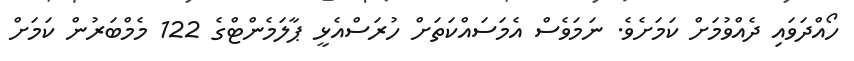
ހޯއްދަވައި ދެއްވުމަށް ކަމަށެވެ. ނަމަވެސް އެމަސައްކަތަށް ހުރަސްއެޅީ ޕާލަމެންޓްގެ 122 މެމްބަރުން ކަމަށް